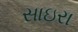
સાઇરા